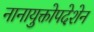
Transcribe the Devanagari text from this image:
नानायुक्तोपदेशेन